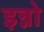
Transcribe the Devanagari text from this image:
इन्नो